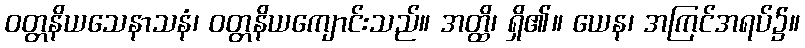
ဝတ္တနိယသေနာသနံ၊ ဝတ္တနိယကျောင်းသည်။ အတ္ထိ၊ ရှိ၏။ ယေန၊ အကြင်အရပ်၌။